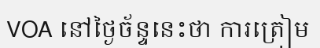
VOA នៅថ្ងៃច័ន្ទនេះថា ការត្រៀម